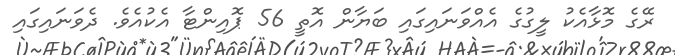
ރޭގެ މޮޅާއެކު ލީގުގެ އެއްވަނައިގައި ބަޔާން އޮތީ 56 ޕޮއިންޓާ އެކުއެވެ. ދެވަނައިގައި